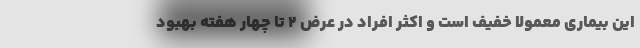
این بیماری معمولا خفیف است و اکثر افراد در عرض ۲ تا چهار هفته بهبود